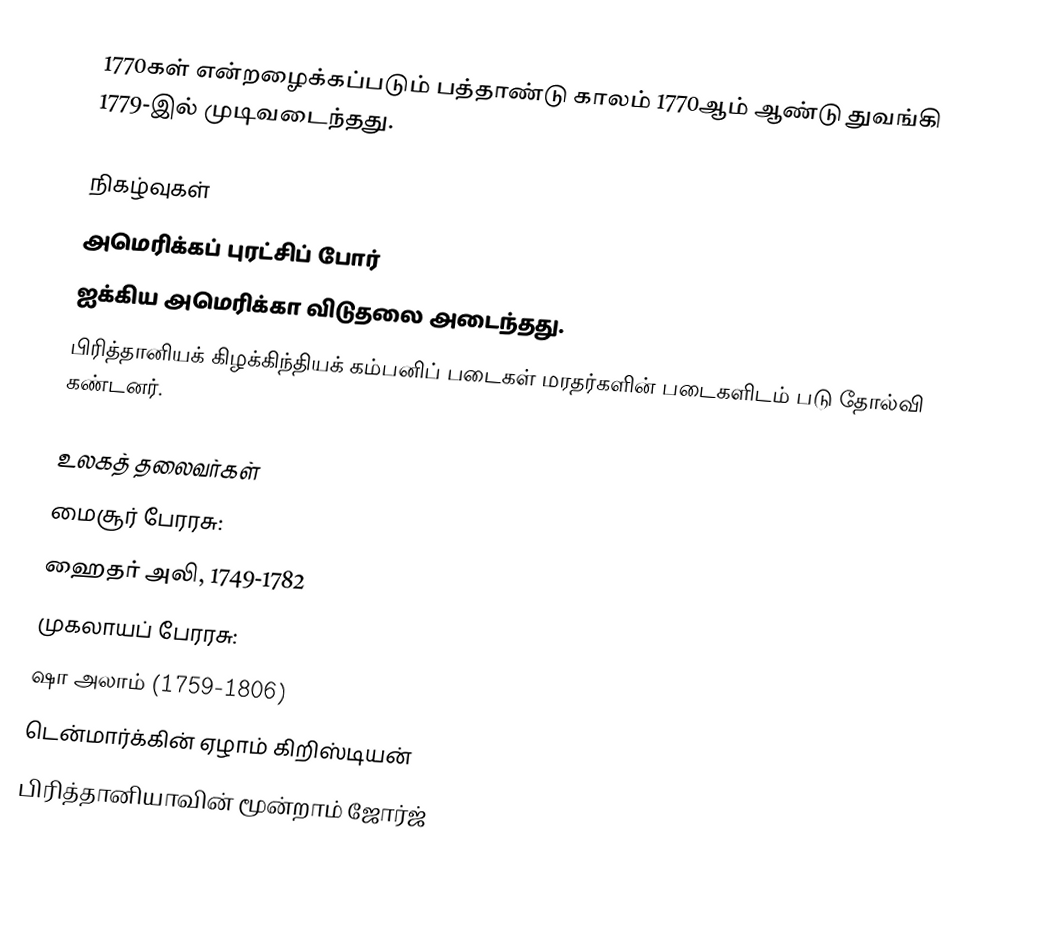
1770கள் என்றழைக்கப்படும் பத்தாண்டு காலம் 1770ஆம் ஆண்டு துவங்கி 1779-இல் முடிவடைந்தது.

நிகழ்வுகள்
 அமெரிக்கப் புரட்சிப் போர்
 ஐக்கிய அமெரிக்கா விடுதலை அடைந்தது.
 பிரித்தானியக் கிழக்கிந்தியக் கம்பனிப் படைகள் மரதர்களின் படைகளிடம் படு தோல்வி கண்டனர்.

உலகத் தலைவர்கள்
 மைசூர் பேரரசு:
 ஹைதர் அலி, 1749-1782
 முகலாயப் பேரரசு:
 ஷா அலாம் (1759-1806)
 டென்மார்க்கின் ஏழாம் கிறிஸ்டியன்
 பிரித்தானியாவின் மூன்றாம் ஜோர்ஜ்